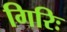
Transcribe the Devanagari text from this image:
गिरिः